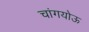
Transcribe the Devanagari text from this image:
चांगयोऊ